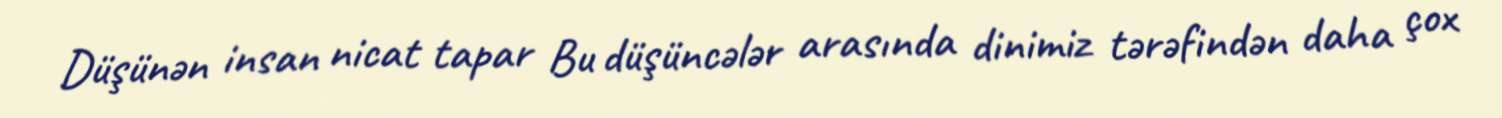
Düşünən insan nicat tapar Bu düşüncələr arasında dinimiz tərəfindən daha çox